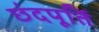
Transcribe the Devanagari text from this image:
छंदपूर्ति